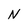
Character: N